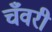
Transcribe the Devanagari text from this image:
चँवरी